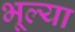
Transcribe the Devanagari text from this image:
भूल्या